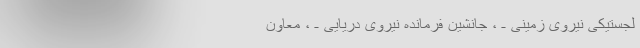
لجستیكی‌ نیروی‌ زمینی‌ ـ ، جانشین‌ فرمانده‌ نیروی‌ دریایی‌ ـ ‌، معاون‌